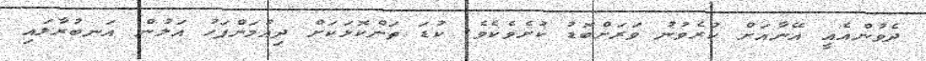
ދެވުންއެއީ އޭނާއަށް ކުރެވުނު ވަރަށްބޮޑު ކުށެވެކެވެ. ކުޑަ ތަންކޮޅަކަށް ދިއުމަށްފަހު އަލުން އަނބުރާލައި